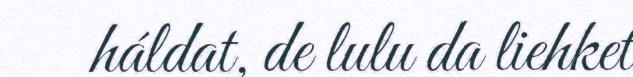
háldat, de lulu da liehket